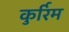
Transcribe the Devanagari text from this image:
कुर्रिम